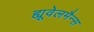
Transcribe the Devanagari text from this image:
ह्यूवेलमैन्स